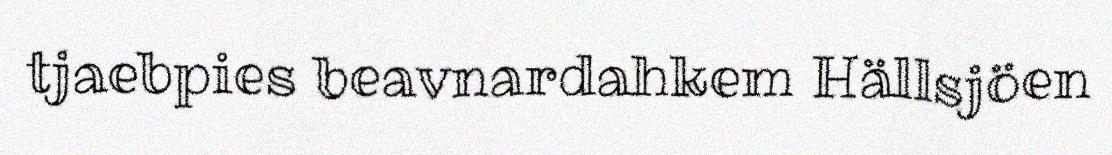
tjaebpies beavnardahkem Hällsjöen